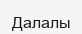
Далалы